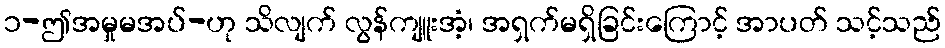
၁-ဤအမှုမအပ်-ဟု သိလျက် လွန်ကျူးအံ့၊ အရှက်မရှိခြင်းကြောင့် အာပတ် သင့်သည်